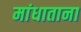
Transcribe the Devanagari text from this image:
मांधाताना